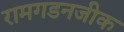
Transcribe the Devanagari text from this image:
रामगडनजीक